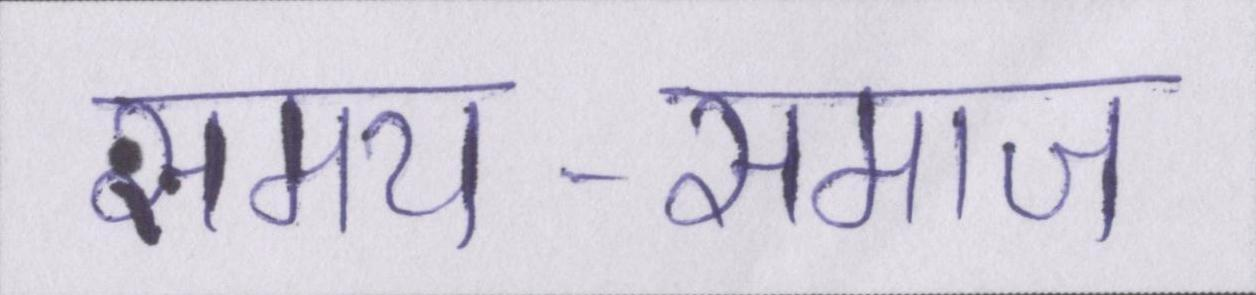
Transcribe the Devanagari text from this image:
समय-समाज